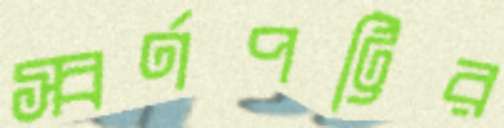
স্বর্ণপট্টির